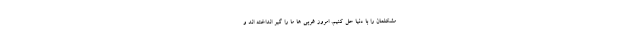
مشکلمان را با دنیا حل کنیم. امروز غربی ها ما را گیر انداخته اند و